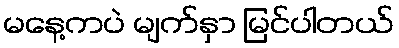
မနေ့ကပဲ မျက်နှာ မြင်ပါတယ်